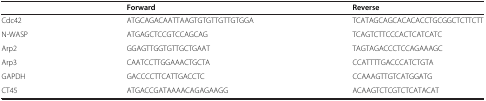
<table><thead><tr><td><b> </b></td><td><b>Forward</b></td><td><b>Reverse</b></td></tr></thead><tbody><tr><td>Cdc42</td><td>ATGCAGACAATTAAGTGTGTTGTTGTGGA</td><td>TCATAGCAGCACACACCTGCGGCTCTTCTT</td></tr><tr><td>N-WASP</td><td>ATGAGCTCCGTCCAGCAG</td><td>TCAGTCTTCCCACTCATCATC</td></tr><tr><td>Arp2</td><td>GGAGTTGGTGTTGCTGAAT</td><td>TAGTAGACCCTCCAGAAAGC</td></tr><tr><td>Arp3</td><td>CAATCCTTGGAAACTGCTA</td><td>CCATTTTGACCCATCTGTA</td></tr><tr><td>GAPDH</td><td>GACCCCTTCATTGACCTC</td><td>CCAAAGTTGTCATGGATG</td></tr><tr><td>CT45</td><td>ATGACCGATAAAACAGAGAAGG</td><td>ACAAGTCTCGTCTCATACAT</td></tr></tbody></table>